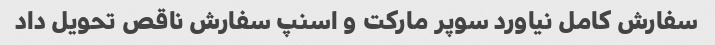
سفارش کامل نیاورد سوپر مارکت و اسنپ سفارش ناقص تحویل داد